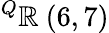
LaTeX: ^{Q}\mathbb{R}\ (6,7)